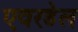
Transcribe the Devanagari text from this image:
एवरडेल